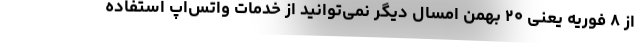
از ۸ فوریه یعنی ۲۰ بهمن امسال دیگر نمی‌توانید از خدمات واتس‌اپ استفاده